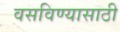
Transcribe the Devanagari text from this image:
वसविण्यासाठी